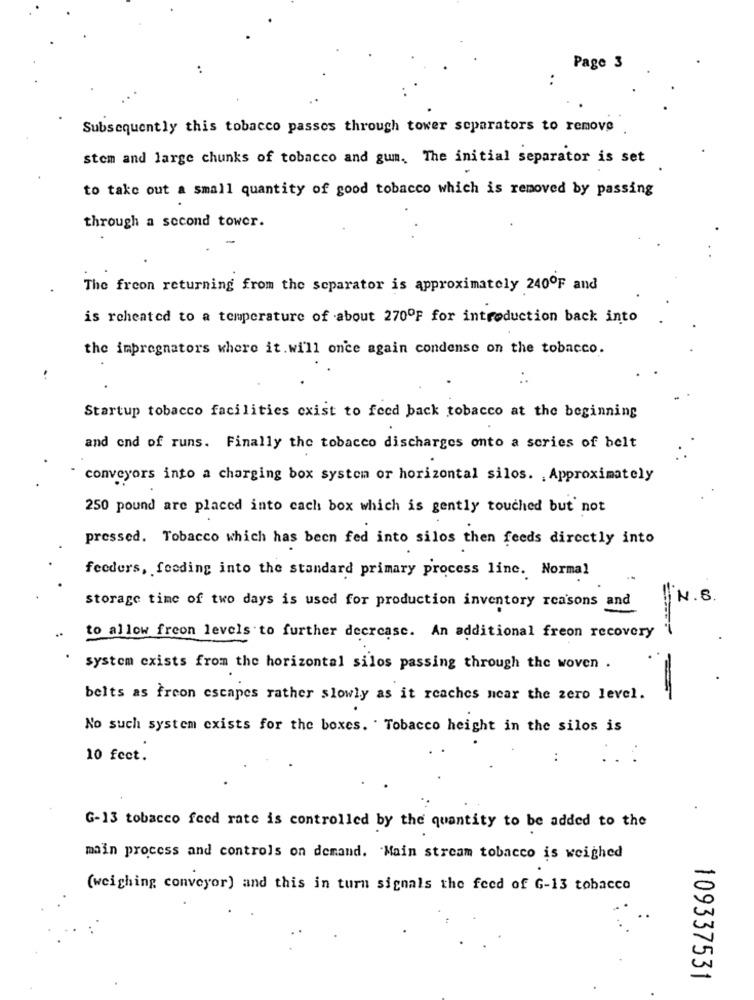
Page 3
:
Subsequently this tobacco passes through tower separators to remove
stem and large chunks of tobacco and gum, The initial separator is set
to take out a small quantity of good tobacco which is removed by passing
through a second tower.
The freon returning from the separator is approximately 240ºF and
is rcheated to a temperature of about 270ºF for introduction back into
the impregnators where it. will once again condense on the tobacco.
..
Startup tobacco facilities exist to feed back tobacco at the beginning
and end of runs. Finally the tobacco discharges onto a series of belt
conveyors into a charging box system or horizontal silos. , Approximately
250 pound are placed into each box which is gently touched but not
pressed. Tobacco which has been fed into silos then feeds directly into
feeders, feeding into the standard primary process line. Normal
N. B
storage time of two days is used for production inventory reasons and
to allow freon levels to further decrease. An additional freon recovery
system exists from the horizontal silos passing through the woven .
belts as frcon escapes rather slowly as it reaches near the zero level.
No such system exists for the boxes. . Tobacco height in the silos is
10 fect.
..
G-13 tobacco feed rate is controlled by the quantity to be added to the
main process and controls on demand. Main stream tobacco is weighed
(weighing conveyor) and this in turn signals the feed of G-13 tobacco
109337531